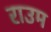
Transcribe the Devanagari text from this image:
राउम